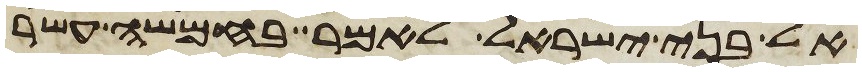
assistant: אל בני ישראל לאמר בחמשה עשר